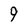
Character: 9